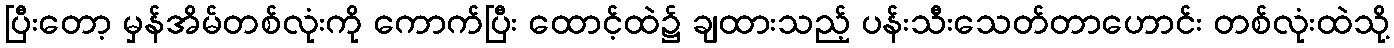
ပြီးတော့ မှန်အိမ်တစ်လုံးကို ကောက်ပြီး ထောင့်ထဲ၌ ချထားသည့် ပန်းသီးသေတ်တာဟောင်း တစ်လုံးထဲသို့